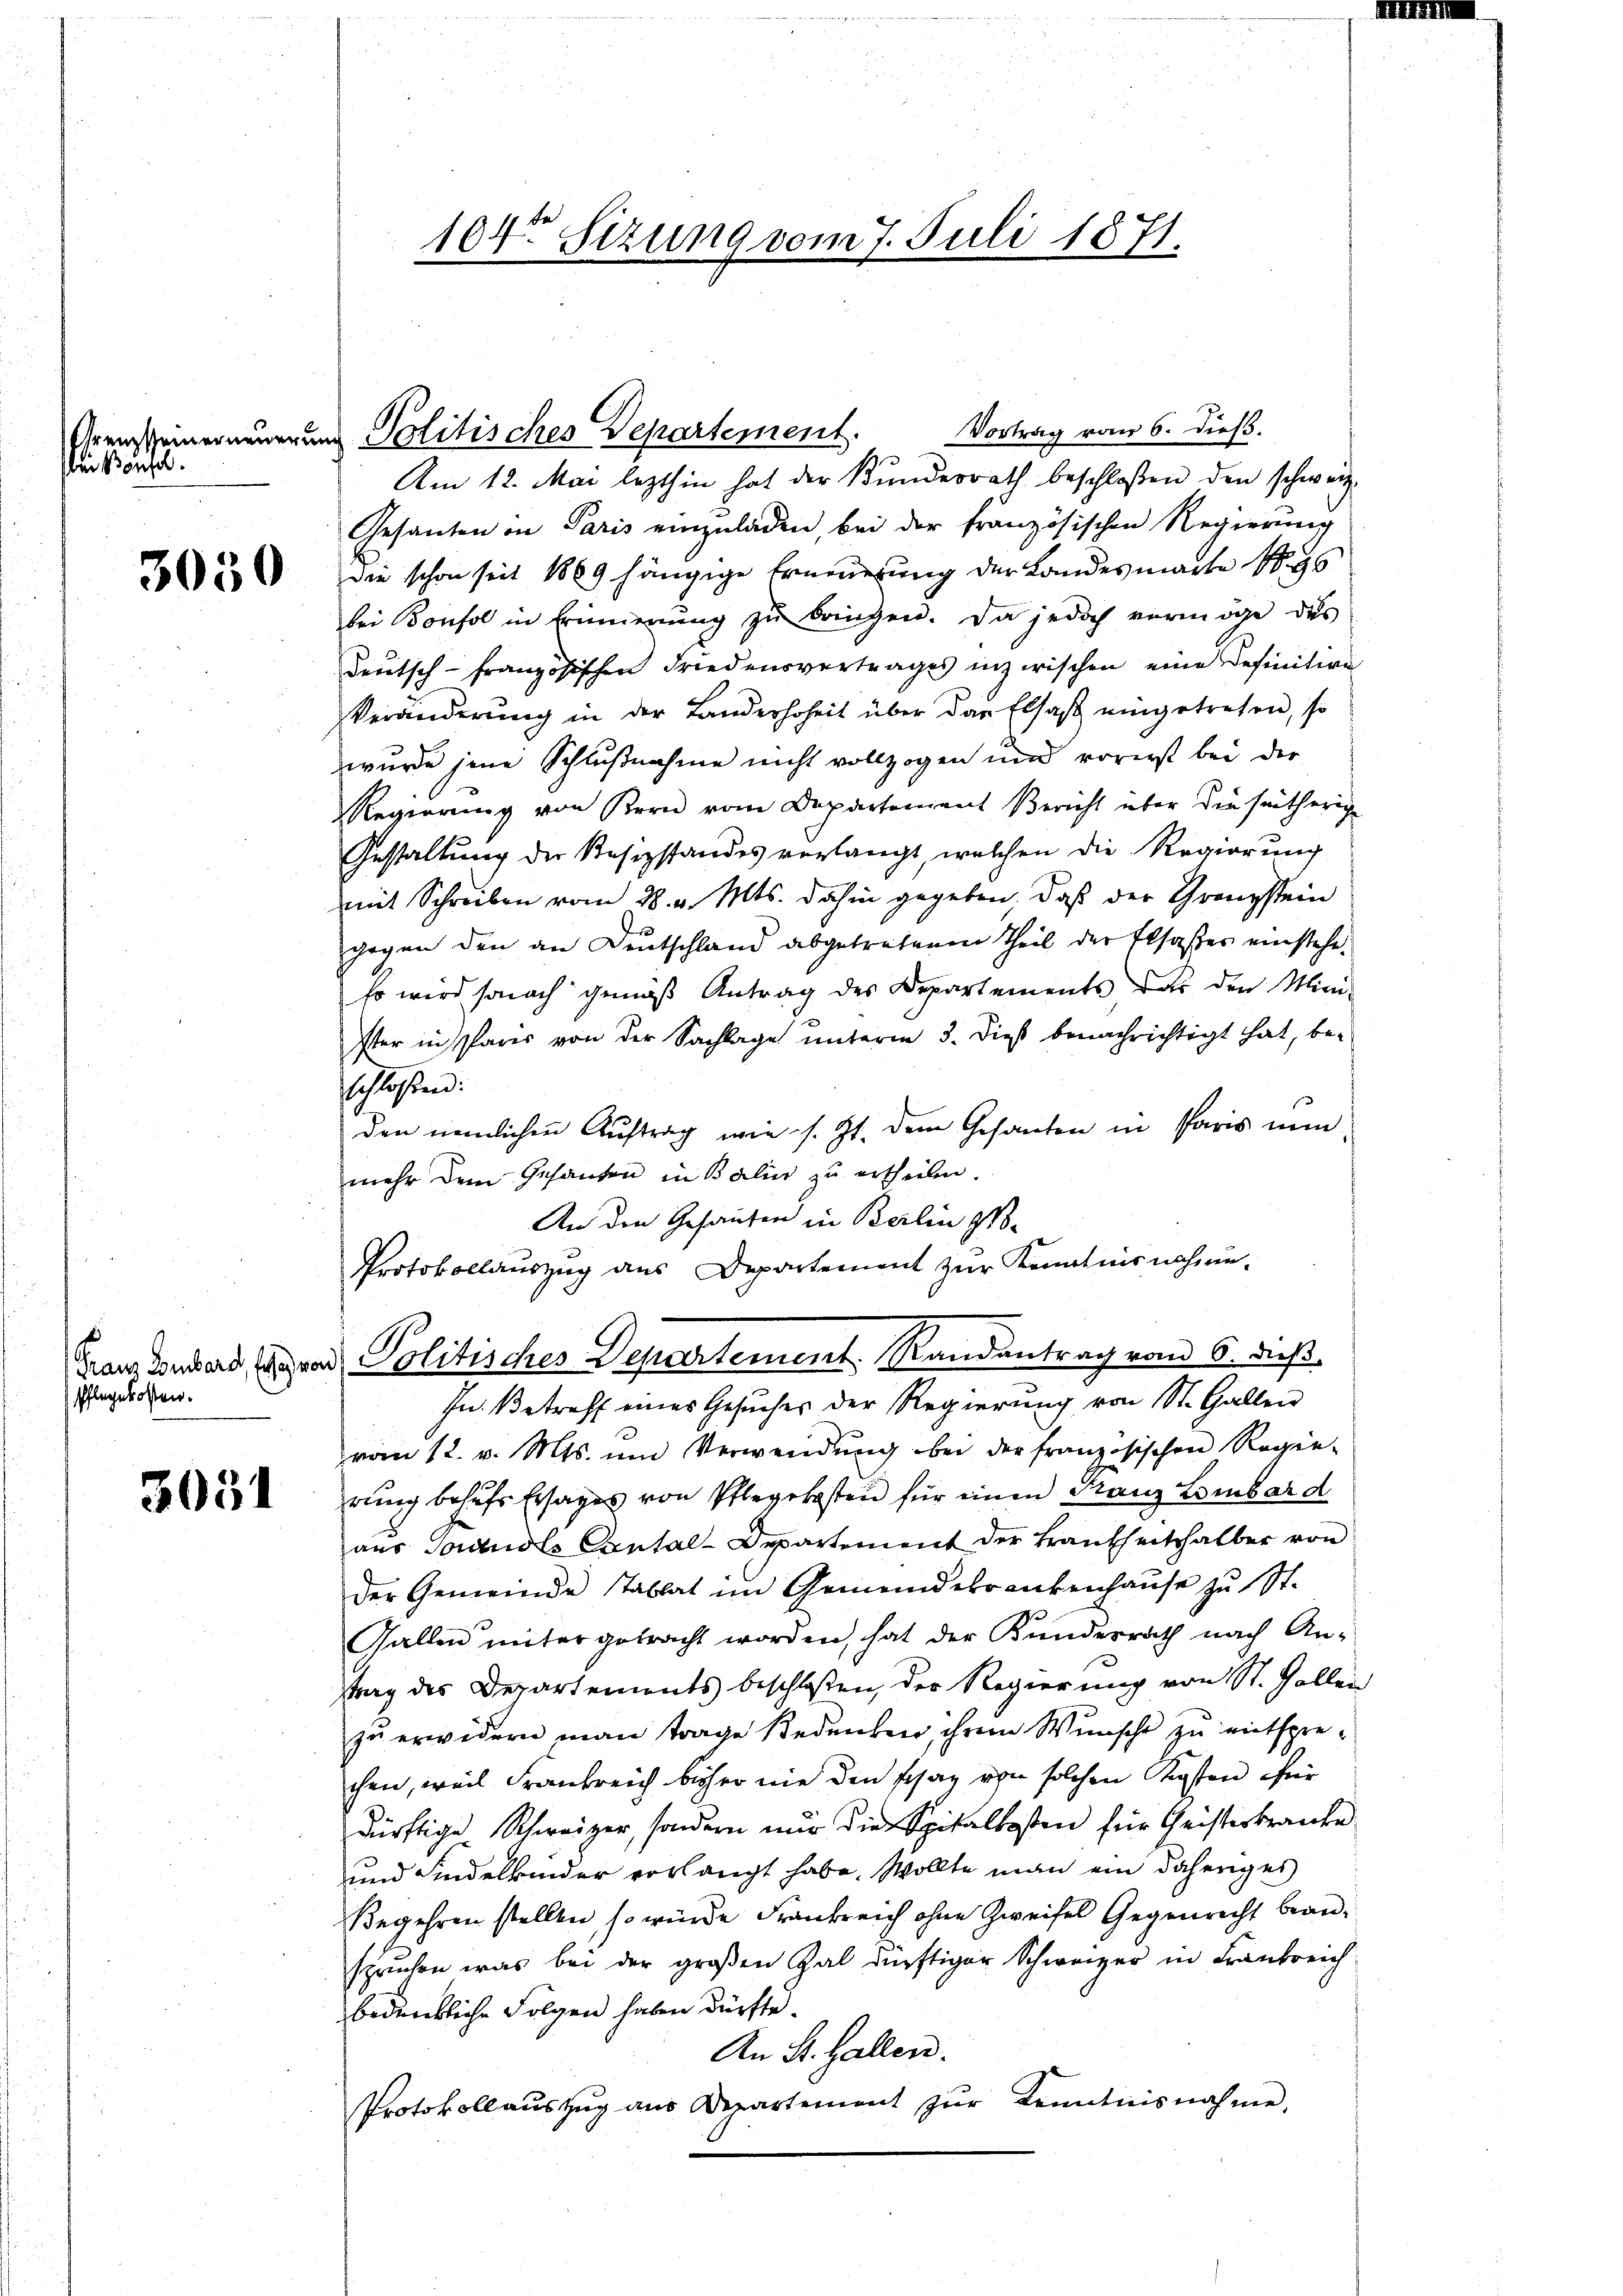
bei Bonzol.

3050

Pflegekosten.

3051

Vortrag vom 6. dieß.
Am 12. Mai lezthin hat der Kundesrath beschloßen den schweiz.
Gesanten in Paris einzuladen, bei der französischen Regierung
die schon seit 1869 hängige Erneuerung der Landes mache Sys
bei Bonsol in Erinnerung zŭ bringen. Da jedoch vermöge des
deutsch-französischen Friedensvertrages inzwischen eine Definition
Veränderung in der Landerhoheit über das Elsaß eingetreten, so
wurde jene Schlußnahme nicht vollzogen und vorerst bei der
Regierung von Kern vom Departement Bericht über die seitherige
Gestaltung der Resizstandes verlangt, welchen die Regierung
mit Schreiben vom 28. v. Mts. dahin gegeben. Daß der Granzstein
gegen den an Deutschland abgetretenen Theil der Elsasses einstehe
Es wird sonach gemäß Antrag des Departements das den Mini-
ster in Paris von der Sachlage unterm 3. Dies benachrichtigt hat, besschlassend:
den nemlichen Auftrag wie s. Zt. dem Gesanten in Paris nun
mehr dem Gesanden in Balin zu ertheilen.
An den Gesanten in Berlin ge-
Protokollauszug aus Departement zŭr Kenntnisnahme¬
Franz Bonband grad Politisches Departement. Randantrag vom 6. dieß
In Betreff eines Gesuches der Regierung von St. Gallen
vom 12. v. Mts. um Verwendung bei der französischen Regen-
rung behufs Ersages von Pflegekosten für einen Franz Lombard
aus Garandls Contal-Departement der Krankheitshalber von
Der Gemeinde stablat im Gemeindekrankenhaŭse zŭ St.
Gallen unter getracht worden, hat der Kundesrath nach An-
trag des Departements beschloßen, der Regierung von St. Gallen
zu erwidern man trage Bedenken, ihrem Wunsche zu entsprechen, weil Frankreich bisher nie den schag von solchen Kosten für
dürftige Schweizer, sondern nur die Spitalkosten für Geisterkranke
und Kindelkinder vorlangt habe. Wollte man ein daheriges
Begehren stellen, so würde Frankreich ohne Zweifel Gegenrecht beanspruchen was bei der großen Zal dürftiger Schweizer in Frankreich
bedenkliche Folgen haben dürfte.
An St. Gallen.
Protokollauszug aus Departement zŭr Kenntnisnahme,

Eiensteiner neuerung Politisches Departement.

104 Sizung vom 7. Juli 1871.